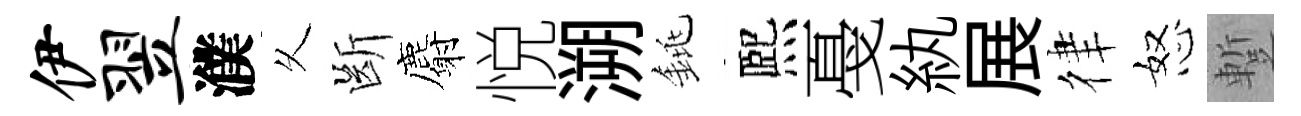
伊翌濮乆㫁麝悦溯銚熈戞紈展律怒蹔